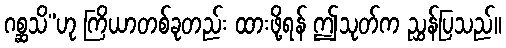
ဂစ္ဆသိ”ဟု ကြိယာတစ်ခုတည်း ထားဖို့ရန် ဤသုတ်က ညွှန်ပြသည်။